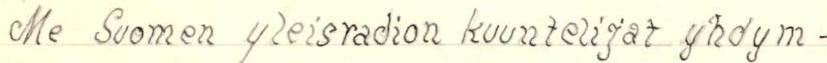
Me Suomen yleisradion kuuntelijat yhdym -